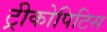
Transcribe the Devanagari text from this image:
ट्रीकोपिटिस